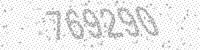
Solution: 769290